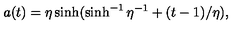
a ( t ) = \eta \sinh ( \sinh ^ { - 1 } \eta ^ { - 1 } + ( t - 1 ) / \eta ) ,